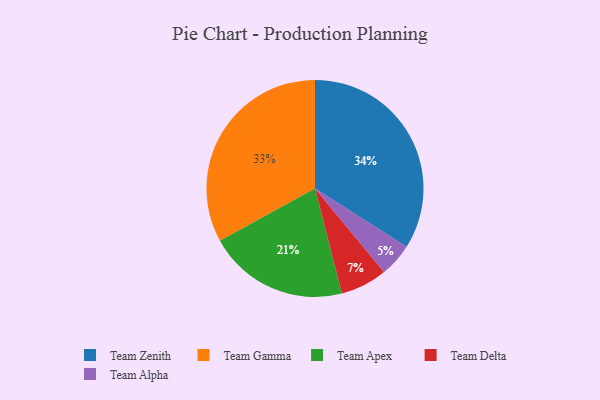
{"axis": {"x": "Category", "y": "Percentage"}, "legend": ["Team Alpha", "Team Apex", "Team Delta", "Team Gamma", "Team Zenith"], "data": [{"x": "Team Zenith", "y": 34, "type": "Team Zenith"}, {"x": "Team Apex", "y": 21, "type": "Team Apex"}, {"x": "Team Alpha", "y": 5, "type": "Team Alpha"}, {"x": "Team Gamma", "y": 33, "type": "Team Gamma"}, {"x": "Team Delta", "y": 7, "type": "Team Delta"}]}